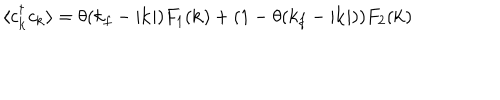
LaTeX: \langle c _ { { \bf { k } } } ^ { \dagger } c _ { { \bf { k } } } \rangle = \theta ( k _ { f } - | { \bf { k } } | ) F _ { 1 } ( { \bf { k } } ) + ( 1 - \theta ( k _ { f } - | { \bf { k } } | ) ) F _ { 2 } ( { \bf { k } } )